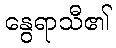
နွေရာသီ၏